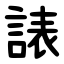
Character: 諘